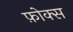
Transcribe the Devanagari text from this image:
फ़ोक्स